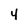
Character: 4